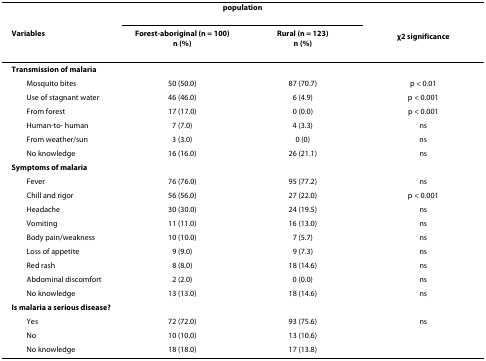
|  | <COLSPAN=2> population |  |
 | Variables | Forest-aboriginal (n = 100)n (%) | Rural (n = 123)n (%) | χ2 significance |
 | --- | --- | --- | --- |
 | Transmission of malaria |  |  |  |
 | Mosquito bites | 50 (50.0) | 87 (70.7) | p < 0.01 |
 | Use of stagnant water | 46 (46.0) | 6 (4.9) | p < 0.001 |
 | From forest | 17 (17.0) | 0 (0.0) | p < 0.001 |
 | Human-to- human | 7 (7.0) | 4 (3.3) | ns |
 | From weather/sun | 3 (3.0) | 0 (0) | ns |
 | No knowledge | 16 (16.0) | 26 (21.1) | ns |
 | Symptoms of malaria |  |  |  |
 | Fever | 76 (76.0) | 95 (77.2) | ns |
 | Chill and rigor | 56 (56.0) | 27 (22.0) | p < 0.001 |
 | Headache | 30 (30.0) | 24 (19.5) | ns |
 | Vomiting | 11 (11.0) | 16 (13.0) | ns |
 | Body pain/weakness | 10 (10.0) | 7 (5.7) | ns |
 | Loss of appetite | 9 (9.0) | 9 (7.3) | ns |
 | Red rash | 8 (8.0) | 18 (14.6) | ns |
 | Abdominal discomfort | 2 (2.0) | 0 (0.0) | ns |
 | No knowledge | 13 (13.0) | 18 (14.6) | ns |
 | Is malaria a serious disease? |  |  |  |
 | Yes | 72 (72.0) | 93 (75.6) | ns |
 | No | 10 (10.0) | 13 (10.6) |  |
 | No knowledge | 18 (18.0) | 17 (13.8) |  |